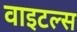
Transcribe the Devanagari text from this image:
वाइटल्स